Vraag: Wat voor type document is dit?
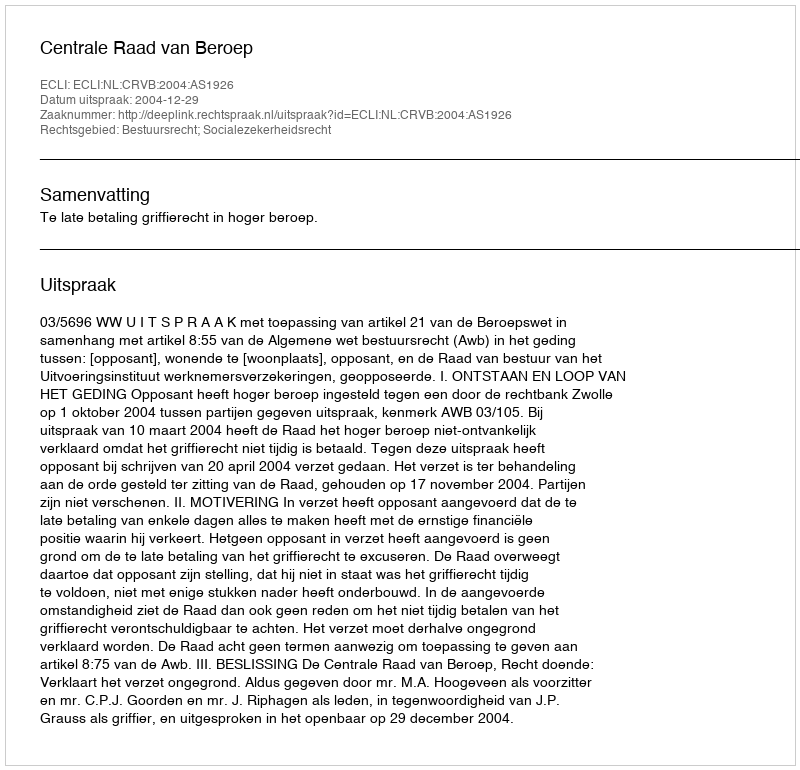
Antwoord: Uitspraak